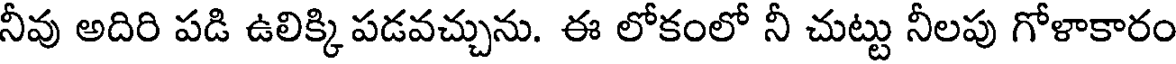
నీవు అదిరి పడి ఉలిక్కి పడవచ్చును. ఈ లోకంలో నీ చుట్టు నీలపు గోళాకారం